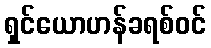
ရှင်ယောဟန်ခရစ်ဝင်